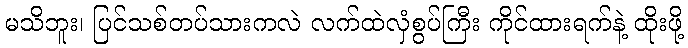
မသိဘူး၊ ပြင်သစ်တပ်သားကလဲ လက်ထဲလှံစွပ်ကြီး ကိုင်ထားရက်နဲ့ ထိုးဖို့